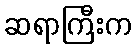
ဆရာကြီးက